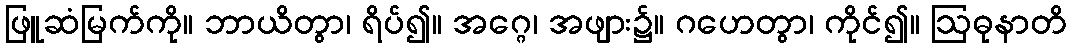
ဖြူဆံမြက်ကို။ ဘာယိတွာ၊ ရိပ်၍။ အဂ္ဂေ၊ အဖျား၌။ ဂဟေတွာ၊ ကိုင်၍။ ဩဓုနာတိ